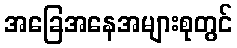
အခြေအနေအများစုတွင်